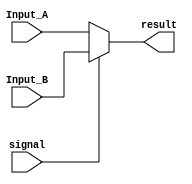
`timescale 1 ns / 1 ps 

module _5b_MUX (Input_A, Input_B, signal, result); 
	  
input [4:0] Input_A, Input_B; 
input signal; 
 
output [4:0] result;		 
 
reg[4:0] temp; 
 
always @(Input_A or Input_B or signal) begin 
	if (signal==0) 
		temp=Input_A; 
	else 
		temp=Input_B; 
		 
end					 
 
assign result=temp; 
	 
 
endmodule